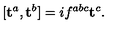
[ \mathbf { t } ^ { a } , \mathbf { t } ^ { b } ] = i f ^ { a b c } \mathbf { t } ^ { c } .